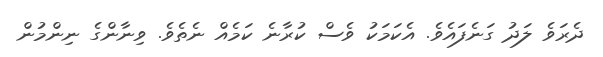
ދެރަވެ ލަދު ގަނެފައެވެ. އެކަމަކު ވެސް ކުރާނެ ކަމެއް ނެތެވެ. ވިނާންގެ ނިންމުން